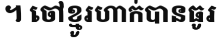
។ ចៅខ្មូរហាក់បានធូរ